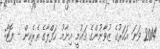
2014 ވަނަ އަހަރުގެ ޒުވާނުންގެ ޤައުމީ އިނާމު ޙަފްލާގެ ތެރެއިން - ފޮޓޯ: